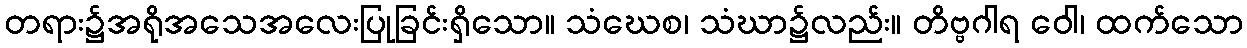
တရား၌အရိုအသေအလေးပြုခြင်းရှိသော။ သံဃေစ၊ သံဃာ၌လည်း။ တိဗ္ဗဂါရ ဝေါ၊ ထက်သော